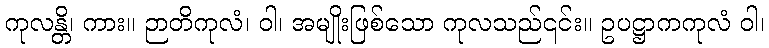
ကုလန္တိ၊ ကား။ ဉာတိကုလံ၊ ဝါ၊ အမျိုးဖြစ်သော ကုလသည်၎င်း။ ဥပဋ္ဌာကကုလံ ဝါ၊